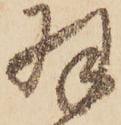
羽